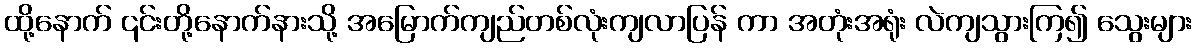
ထို့နောက် ၎င်းတို့နောက်နားသို့ အမြောက်ကျည်တစ်လုံးကျလာပြန် ကာ အတုံးအရုံး လဲကျသွားကြ၍ သွေးများ